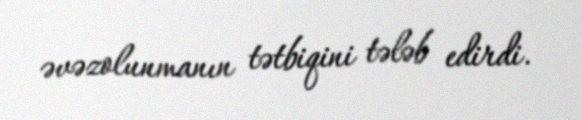
əvəzolunmanın tətbiqini tələb edirdi.